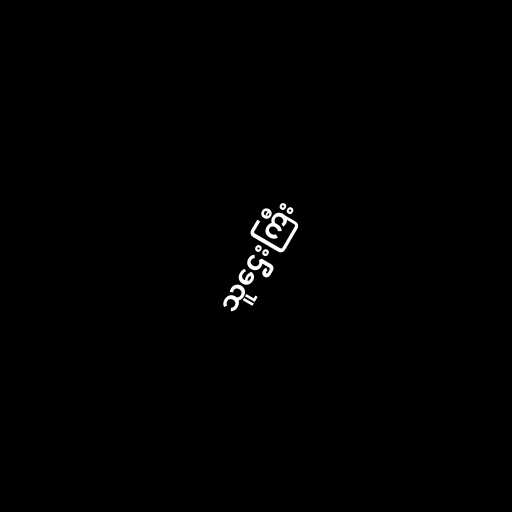
သူဌေးကြီး